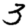
Digit: 3